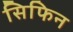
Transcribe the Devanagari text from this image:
सिफिन